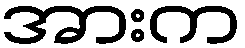
အားက